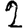
Digit: 2